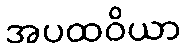
အပထဝိယာ